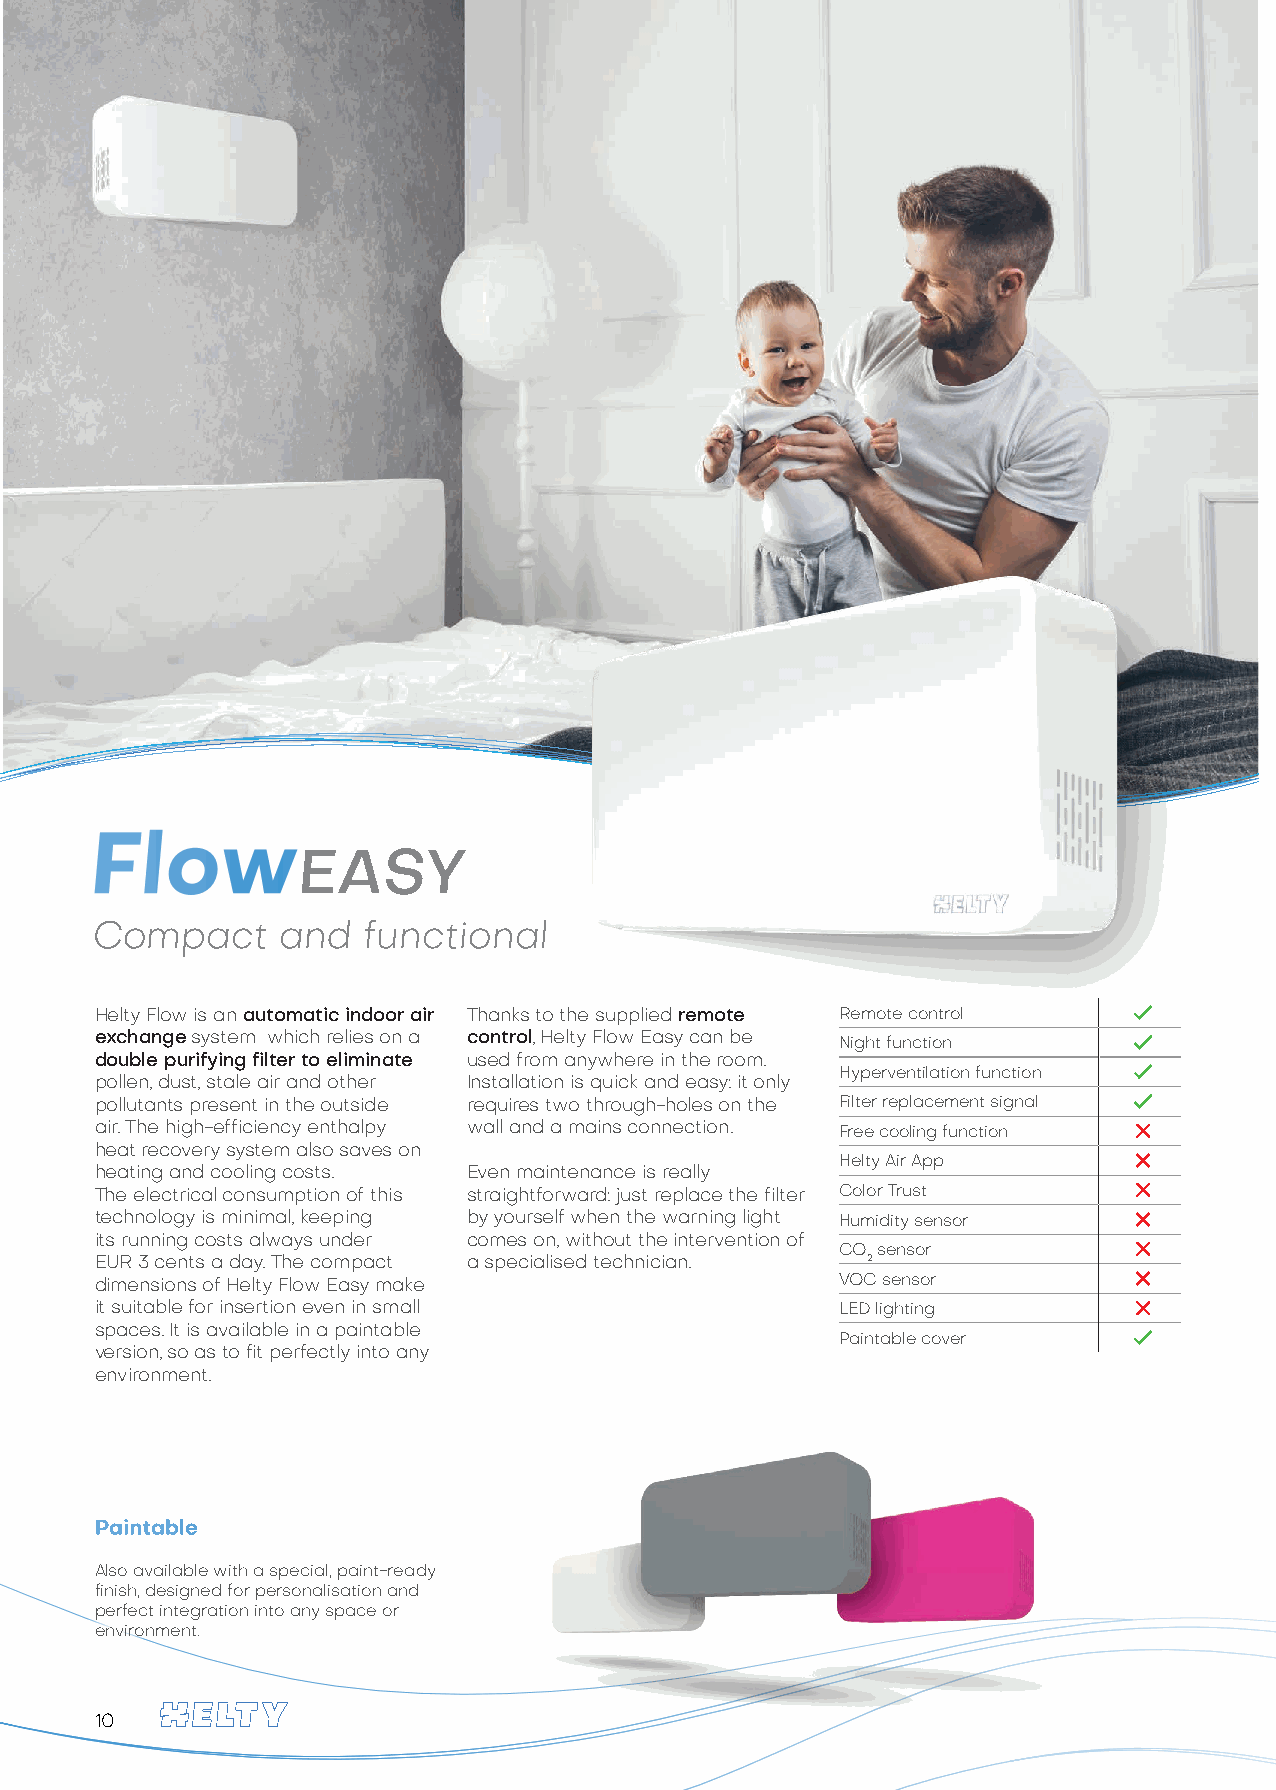
Compact      and  functional
 Helty Flow is an automatic indoor air Thanks to the supplied remote Remote control
 exchange system which relies on a control, Helty Flow Easy can be
 Night function
 double purifying filter to eliminate used from anywhere in the room.
 Hyperventilation function
 pollen, dust, stale air and other Installation is quick and easy: it only
 pollutants present in the outside requires two through-holes on the Filter replacement signal
 air. The high-efficiency enthalpy wall and a mains connection. Free cooling function
 heat recovery system also saves on
 Helty Air App
 heating and cooling costs. Even maintenance is really
 The electrical consumption of this straightforward: just replace the filter Color Trust
 technology is minimal, keeping by yourself when the warning light Humidity sensor
 its running costs always under comes on, without the intervention of
 CO sensor
 EUR 3 cents a day. The compact a specialised technician. 2
 dimensions of Helty Flow Easy make                VOC sensor
 it suitable for insertion even in small           LED lighting
 spaces. It is available in a paintable
 Paintable cover
 version, so as to fit perfectly into any
 environment.
 Paintable
 Also available with a special, paint-ready
 finish, designed for personalisation and
 perfect integration into any space or
 environment.
 10